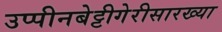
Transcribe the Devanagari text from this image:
उप्पीनबेट्टीगेरीसारख्या